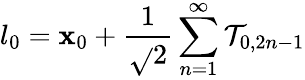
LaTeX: l_{0}=\mathbf{x}_{0}+\frac{{1}}{{\sqrt{}{{2}}}}\sum_{n=1}^{\infty}\mathcal{{T}}_{0,2n-1}